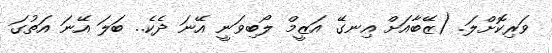
ވަރިކޮށްލަ. (ޒޭބާއަށް އިނގޭ އަޒީމް ލޯބިވަނީ އޭނަ ދެކެ.. ބަލަ އޭނަ އަތުގަ